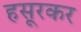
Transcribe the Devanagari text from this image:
हसूरकर